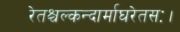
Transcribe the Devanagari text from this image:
रेतश्चल्कन्दार्माघरेतसः।